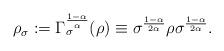
LaTeX: \begin{align*}\rho_{\sigma} := \Gamma_{\sigma}^{\frac{1-\alpha}{\alpha}} (\rho) \equiv \sigma^{\frac{1-\alpha}{2\alpha}} \rho \sigma^{\frac{1-\alpha}{2\alpha}}.\end{align*}